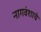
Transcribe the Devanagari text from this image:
नागवंशाचे